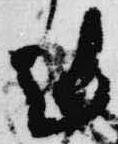
剋